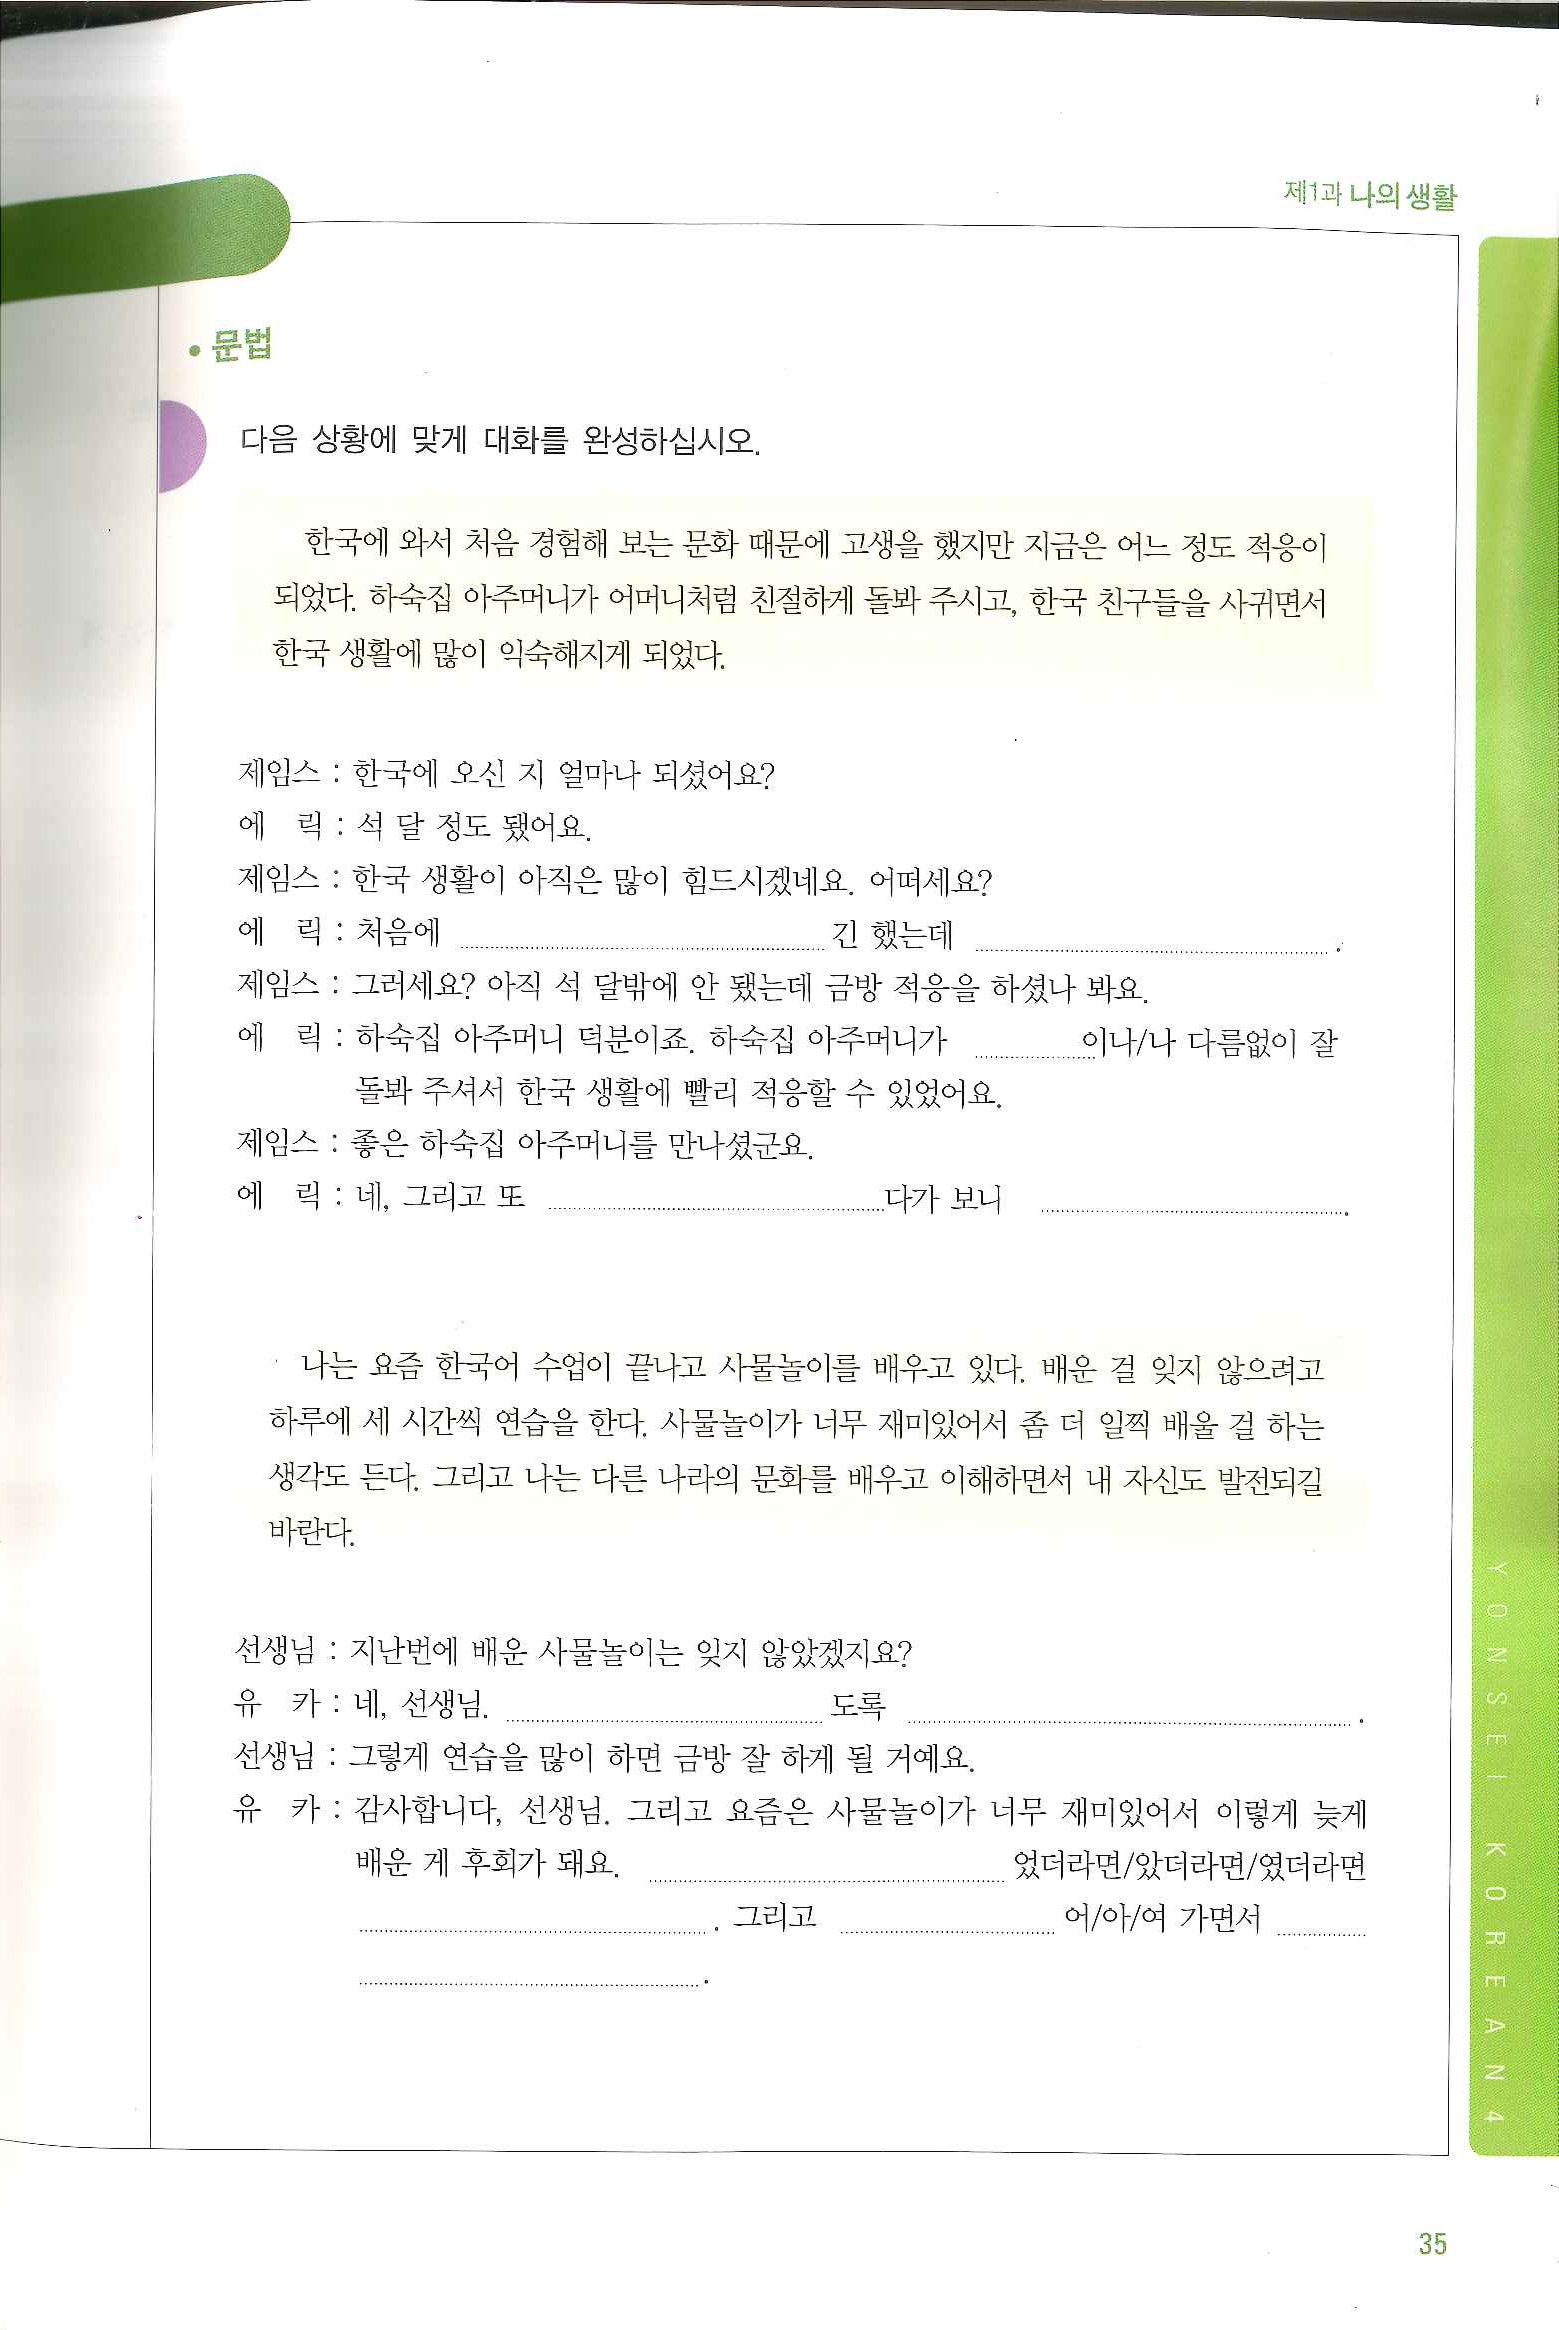
Language: ko